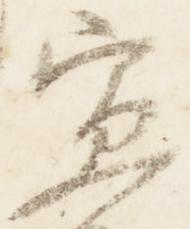
宣